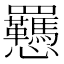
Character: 𫻥